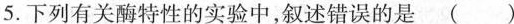
5.下列有关酶特性的实验中，叙述错误的是 ( )